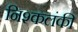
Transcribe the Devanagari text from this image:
निश्कलंकी